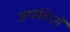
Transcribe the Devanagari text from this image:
अथर्ववेदमें